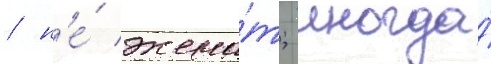
/ н'е́ жена́т; иногда́